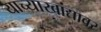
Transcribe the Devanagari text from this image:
याच्याखांद्यावर